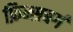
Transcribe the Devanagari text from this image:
फ़िन्सबर्ग